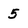
Character: 5